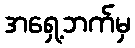
အရှေ့ဘက်မှ